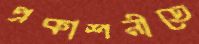
প্রকাশনীতে